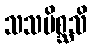
သသမိစ္ဆသိ